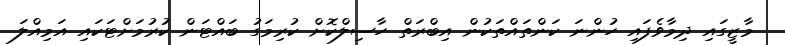
މާޒީގައި ދިމާވެފައި ހުންނަ ކަންތައްތަކުން އިބްރަތް ހާސިލްކޮށް ކުރިމަގު ބައްޓަން ކުރުމަށްޓަކައި އަމިއްލަ